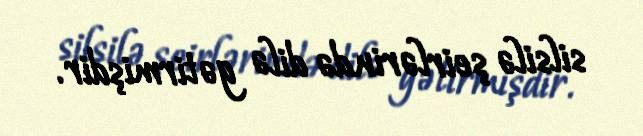
silsilə şeirlərində dilə gətirmişdir.